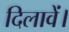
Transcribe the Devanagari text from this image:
दिलावें।